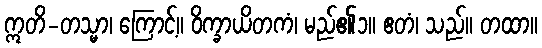
ဣတိ-တသ္မာ၊ ကြောင့်။ ဝိက္ခာယိတကံ၊ မည်၏၁။ ဧတံ၊ သည်။ တထာ။